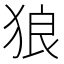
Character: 狼